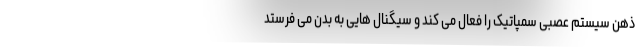
ذهن سیستم عصبی سمپاتیک را فعال می کند و سیگنال هایی به بدن می فرستد